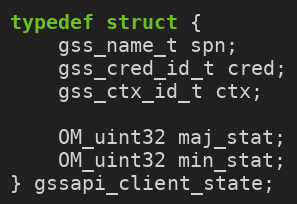
Language: C
typedef struct {
    gss_name_t spn;
    gss_cred_id_t cred;
    gss_ctx_id_t ctx;

    OM_uint32 maj_stat;
    OM_uint32 min_stat;
} gssapi_client_state;